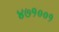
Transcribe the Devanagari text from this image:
४७१००१